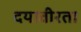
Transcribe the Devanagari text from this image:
दयावीरता